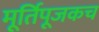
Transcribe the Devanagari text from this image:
मूर्तिपूजकच